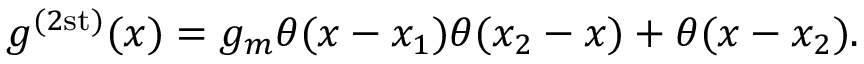
g ^ { ( 2 \mathrm { s t ) } } ( x ) = g _ { m } \theta ( x - x _ { 1 } ) \theta ( x _ { 2 } - x ) + \theta ( x - x _ { 2 } ) .